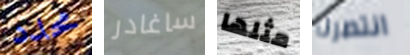
محدد ساغادر مثلها انتصرنا